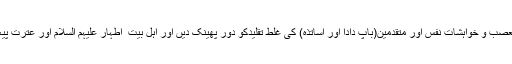
یہ سب اسی صورت میں ممکن ہے جب ہم تعصب و خواہشاتِ نفس اور متقدمین(باپ دادا اور اساتذہ) کی غلط تقلیدکو دور پھینک دیں اور اہلِ بیت ِ اطہار علیہم السلام اور عترتِ پیغمبرکی دوسروں پر افضلیت کو تسلیم کریں“۔